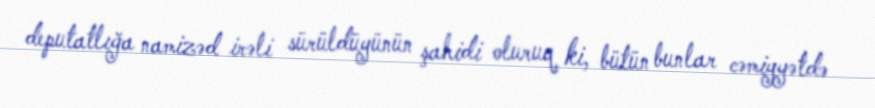
deputatlığa namizəd irəli sürüldüyünün şahidi oluruq ki, bütün bunlar cəmiyyətdə